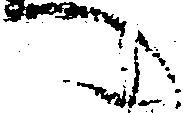
へ